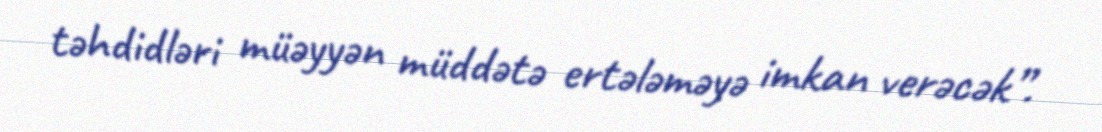
təhdidləri müəyyən müddətə ertələməyə imkan verəcək”.